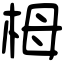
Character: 栂